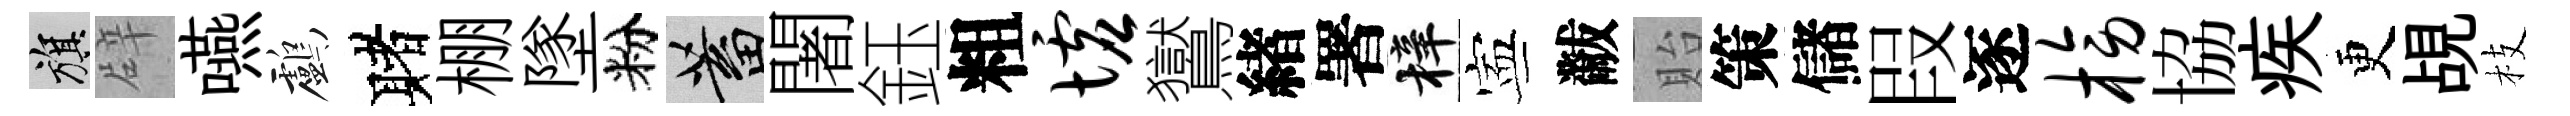
旗辟嚥鸕赌棚墜粉蓄闍鈺粗墟鸑緖署梓寕黻貽策儲叚逐榜協疾更覘枝